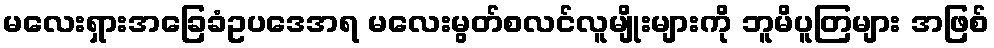
မလေးရှားအခြေခံဥပဒေအရ မလေးမွတ်စလင်လူမျိုးများကို ဘူမိပူတြများ အဖြစ်